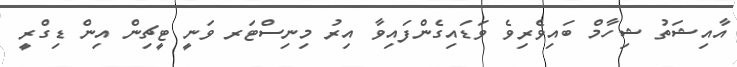
އާއިޝަތު ޝިހާމް ބައިވެރިވެ ވަޑައިގެންފައިވާ އިރު މިނިސްޓަރ ވަނީ ޓީޗިން އިން ޑިގްރީ